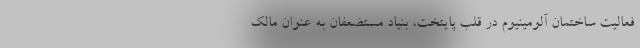
فعالیت ساختمان آلومینیوم در قلب پایتخت، بنیاد مستضعفان به عنوان مالک